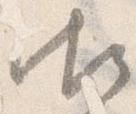
御